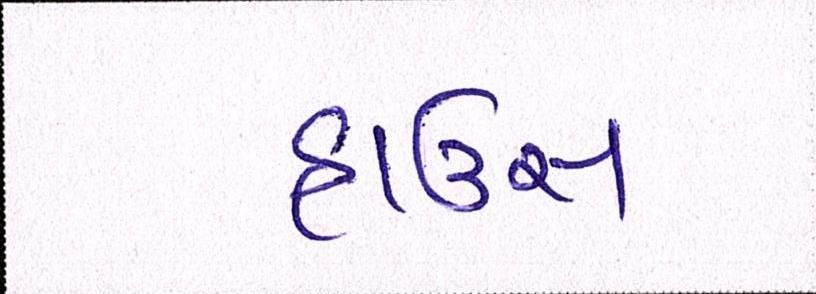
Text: હાઉસ